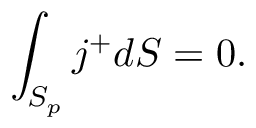
\int _ { S _ { p } } j ^ { + } d S = 0 .